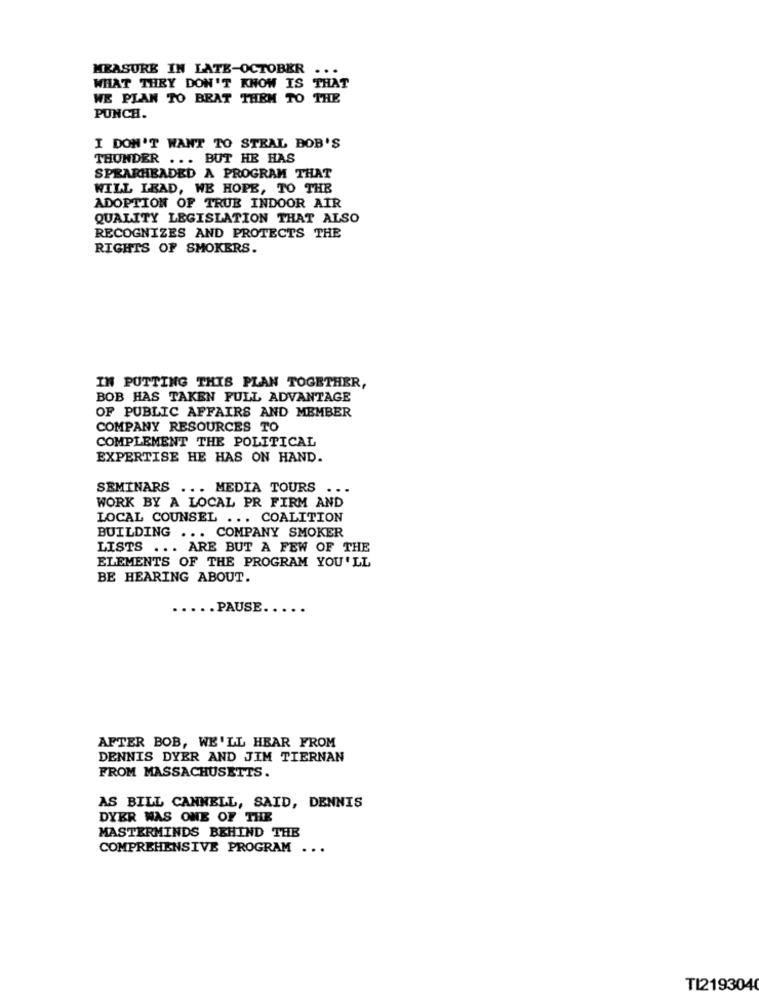
MEASURE IN LATE-OCTOBER ...
WHAT THEY DON'T KNOW IS THAT
WE PLAN TO BEAT THEM TO THE
PUNCH.
I DON'T WANT TO STEAL BOB'S
THUNDER ... BUT HE HAS
SPEARHEADED A PROGRAM THAT
WILL LEAD, WE HOPE, TO THE
ADOPTION OF TRUE INDOOR AIR
QUALITY LEGISLATION THAT ALSO
RECOGNIZES AND PROTECTS THE
RIGHTS OF SMOKERS.
IN PUTTING THIS PLAN TOGETHER,
BOB HAS TAKEN FULL ADVANTAGE
OF PUBLIC AFFAIRS AND MEMBER
COMPANY RESOURCES TO
COMPLEMENT THE POLITICAL
EXPERTISE HE HAS ON HAND.
SEMINARS ... MEDIA TOURS ...
WORK BY A LOCAL PR FIRM AND
LOCAL COUNSEL ... COALITION
BUILDING ... COMPANY SMOKER
LISTS ... ARE BUT A FEW OF THE
ELEMENTS OF THE PROGRAM YOU'LL
BE HEARING ABOUT.
..... PAUSE .....
AFTER BOB, WE'LL HEAR FROM
DENNIS DYER AND JIM TIERNAN
FROM MASSACHUSETTS.
AS BILL CANNELL, SAID, DENNIS
DYER WAS ONE OF THE
MASTERMINDS BEHIND THE
COMPREHENSIVE PROGRAM ...
TI2193040